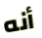
أنه